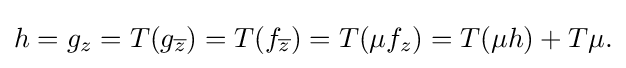
\displaystyle {h=g_{z}=T(g_{\overline {z}})=T(f_{\overline {z}})=T(\mu f_{z})=T(\mu h)+T\mu .}